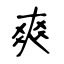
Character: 爽